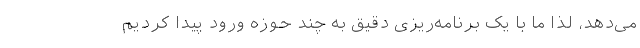
می‌دهد، لذا ما با یک برنامه‌‌ریزی دقیق به چند حوزه ورود پیدا کردیم